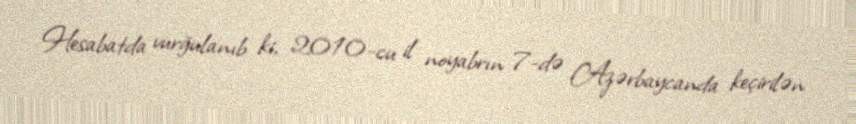
Hesabatda vurğulanıb ki, 2010-cu il noyabrın 7-də Azərbaycanda keçirilən